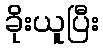
ခိုးယူပြီး